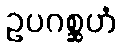
ဥပဂစ္ဆဟံ